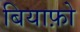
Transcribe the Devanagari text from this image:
बियाफ़ो